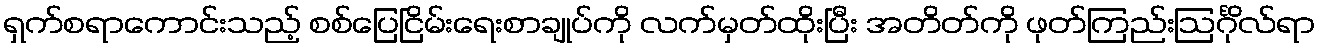
ရှက်စရာကောင်းသည့် စစ်ပြေငြိမ်းရေးစာချုပ်ကို လက်မှတ်ထိုးပြီး အတိတ်ကို ဖုတ်ကြည်းဩင်္ဂိုလ်ရာ